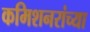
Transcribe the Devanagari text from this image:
कमिशनरांच्या